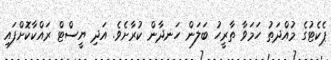
ޕެކެޓުގެ މުއްދަތު ހަމަވާ ތާރީހު ބަލަން ހަނދާން ކުރާށެވެ. އަދި ޔީސްޓް ރައްކާކޮށްފައި